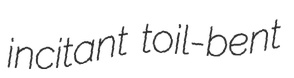
incitant toil-bent